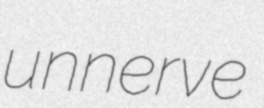
unnerve